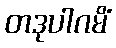
တဒုပါဂမိံ